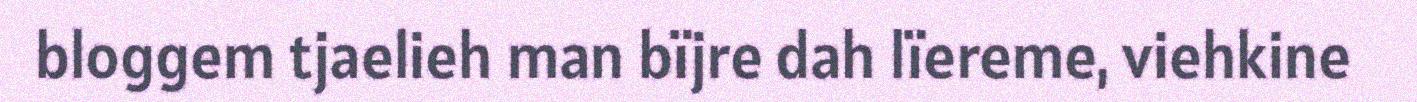
bloggem tjaelieh man bïjre dah lïereme, viehkine